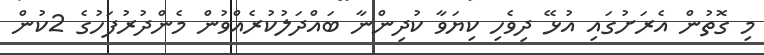
މި ގޮތުން އެރަށުގައި އުޅޭ ދިވެހި ކިޔަވާ ކުދިންނާ ބައްދަލުކުރެއްވުން މެންދުރުފަހުގެ 2ކުން